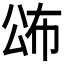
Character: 𭁍